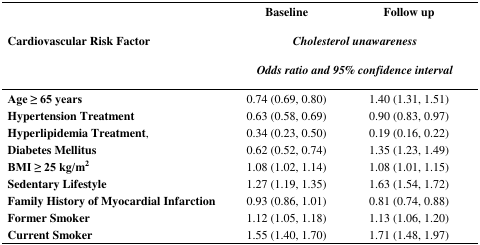
<table><thead><tr><td rowspan="3"><b>Cardiovascular Risk Factor</b></td><td><b>Baseline</b></td><td><b>Follow up</b></td></tr><tr><td colspan="2"><b><i>Cholesterol unawareness</i></b></td></tr><tr><td colspan="2"><b><i>Odds ratio and 95% confidence interval</i></b></td></tr></thead><tbody><tr><td><b>Age ≥ 65 years</b></td><td>0.74 (0.69, 0.80)</td><td>1.40 (1.31, 1.51)</td></tr><tr><td><b>Hypertension Treatment</b></td><td>0.63 (0.58, 0.69)</td><td>0.90 (0.83, 0.97)</td></tr><tr><td><b>Hyperlipidemia Treatment</b>,</td><td>0.34 (0.23, 0.50)</td><td>0.19 (0.16, 0.22)</td></tr><tr><td><b>Diabetes Mellitus</b></td><td>0.62 (0.52, 0.74)</td><td>1.35 (1.23, 1.49)</td></tr><tr><td><b>BMI ≥ 25 kg/m</b><b><sup>2</sup></b></td><td>1.08 (1.02, 1.14)</td><td>1.08 (1.01, 1.15)</td></tr><tr><td><b>Sedentary Lifestyle</b></td><td>1.27 (1.19, 1.35)</td><td>1.63 (1.54, 1.72)</td></tr><tr><td><b>Family History of Myocardial Infarction</b></td><td>0.93 (0.86, 1.01)</td><td>0.81 (0.74, 0.88)</td></tr><tr><td><b>Former Smoker</b></td><td>1.12 (1.05, 1.18)</td><td>1.13 (1.06, 1.20)</td></tr><tr><td><b>Current Smoker</b></td><td>1.55 (1.40, 1.70)</td><td>1.71 (1.48, 1.97)</td></tr></tbody></table>